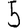
Digit: 5